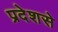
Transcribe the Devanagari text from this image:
प्रदेशसे